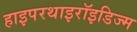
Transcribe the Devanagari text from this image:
हाइपरथाइरॉइडिज्म